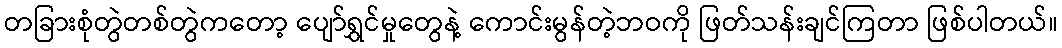
တခြားစုံတွဲတစ်တွဲကတော့ ပျော်ရွှင်မှုတွေနဲ့ ကောင်းမွန်တဲ့ဘဝကို ဖြတ်သန်းချင်ကြတာ ဖြစ်ပါတယ်။